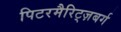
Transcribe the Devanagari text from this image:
पिटरमैरिट्ज़बर्ग